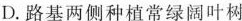
D.路基两侧种植常绿阔叶树